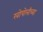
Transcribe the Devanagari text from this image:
खोपोलीच्या